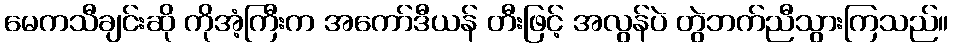
မေကသီချင်းဆို ကိုအံ့ကြီးက အကော်ဒီယန် တီးဖြင့် အလွန်ပဲ တွဲဘက်ညီသွားကြသည်။